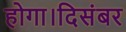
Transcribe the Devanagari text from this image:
होगा।दिसंबर